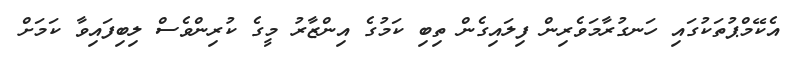
އެކޭމްޕުތަކުގައި ހަނގުރާމަވެރިން ފިލައިގެން ތިބި ކަމުގެ އިންޒާރު މީގެ ކުރިންވެސް ލިބިފައިވާ ކަމަށް